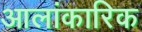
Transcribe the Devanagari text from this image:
आलांकारिक